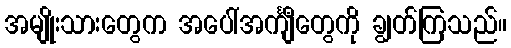
အမျိုးသားတွေက အပေါ်အင်္ကျီတွေကို ချွတ်ကြသည်။